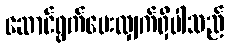
ဆောင်ရွက်ပေးလျှက်ရှိပါသည်